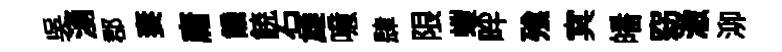
吳湧郡妻庸饑𩜙石雄噫肆限螘畔飱㝠皤窈澈泖